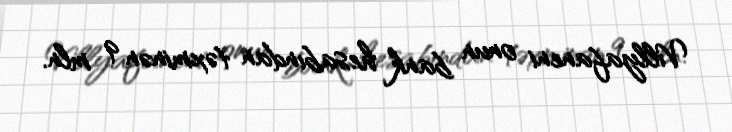
Villyafaneni onun bank hesabından təxminən 9 mln.